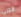
قتلي